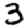
Digit: 3